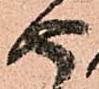
由